Reports on dispensaries and lunatic asylums in the Province of Oudh - 1869-1876
Year: 1869
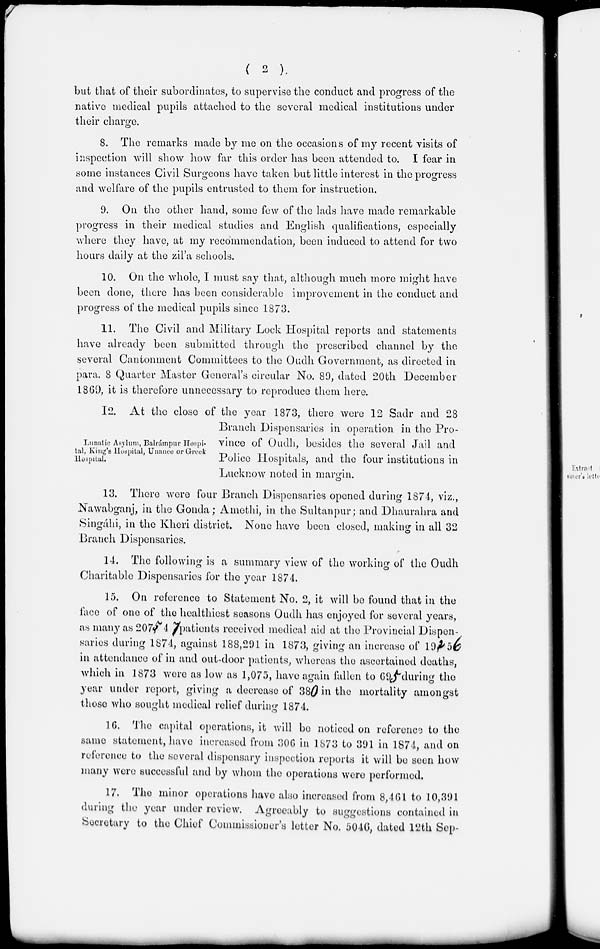
( 2 )
but that of their subordinates, to supervise the conduct and progress of the
native medical pupils attached to the several medical institutions under
their charge.
8. The remarks made by me on the occasions of my recent visits of
inspection will show how far this order has been attended to. I fear in
some instances Civil Surgeons have taken but little interest in the progress
and welfare of the pupils entrusted to them for instruction.
9. On the other hand, some few of the lads have made remarkable
progress in their medical studies and English qualifications, especially
where they have, at my recommendation, been induced to attend for two
hours daily at the zil'a schools.
10. On the whole, I must say that, although much more might have
been done, there has been considerable improvement in the conduct and
progress of the medical pupils since 1873.
11. The Civil and Military Lock Hospital reports and statements
have already been submitted through the prescribed channel by the
several Cantonment Committees to the Oudh Government, as directed in
para. 8 Quarter Master General's circular No. 89, dated 20th December
1869, it is therefore unnecessary to reproduce them here.
Lunatic Asylum, Balrámpur Hospi-
tal, King's Hospital, Unaneo or Greek
Hospital.
12. At the close of the year 1873, there were 12 Sadr and 28
Branch Dispensaries in operation in the Pro-
vince of Oudh, besides the several Jail and
Police Hospitals, and the four institutions in
Lucknow noted in margin.
13. There were four Branch Dispensaries opened during 1874, viz.,
Nawabganj, in the Gonda; Amethi, in the Sultanpur; and Dhaurahra and
Singáhi, in the Kheri district. None have been closed, making in all 32
Branch Dispensaries.
14. The following is a summary view of the working of the Oudh
Charitable Dispensaries for the year 1874.
15. On reference to Statement No. 2, it will be found that in the
face of one of the healthiest seasons Oudh has enjoyed for several years,
as many as 207, 4 patients received medical aid at the Provincial Dispen-
saries during 1874, against 188,291 in 1873, giving an increase of 19, 5
in attendance of in and out-door patients, whereas the ascertained deaths,
which in 1873 were as low as 1,075, have again fallen to 69 during the
year under report, giving a decrease of 38 in the mortality amongst
those who sought medical relief during 1874.
16. The capital operations, it will be noticed on reference to the
same statement, have increased from 306 in 1873 to 391 in 1874, and on
reference to the several dispensary inspection reports it will be seen how
many were successful and by whom the operations were performed.
17. The minor operations have also increased from 8,461 to 10,391
during the year under review. Agreeably to suggestions contained in
Secretary to the Chief Commissioner's letter No. 5046, dated 12th Sep-